Document type: Sale
Year: 1355
Scribe: Pere Borrell
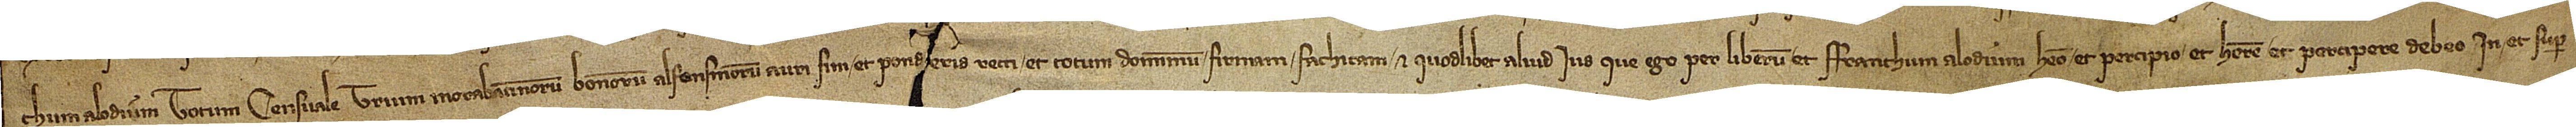
chum alodium, totum censuale trium morabatinorum bonorum alfonsinorum auri fini et ponderis recti, et totum dominium, firmam, faticham et quodlibet aliud ius que ego per liberum et franchum alodium habeo et percipo et habere et percipere debeo in et super